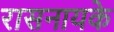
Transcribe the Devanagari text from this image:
रासनायके